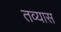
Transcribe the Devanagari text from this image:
तव्यास